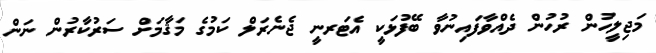
މަޖިލީހުން ރުހުން ދެއްވާފައިނުވާ ބޭފުޅަކީ އެޓަރނީ ޖެނެރަލް ކަމުގެ މަޤާމަށް ސަރުކާރުން ނަން